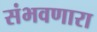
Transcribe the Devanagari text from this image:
संभवणारा